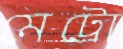
মেট্রো